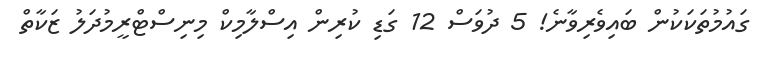
ގައުމުތަކަކުން ބައިވެރިވާނެ! 5 ދުވަސް 12 ގަޑި ކުރިން އިސްލާމިކް މިނިސްޓްރީމުދަލު ޒަކާތް